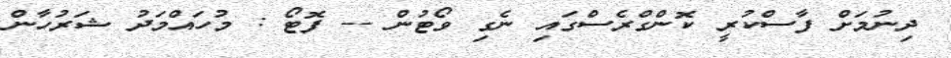
ދިނުމަށް ފާސްކުރީ ކޮންގްރެސްގައި ނެގި ވޯޓުން -- ފޮޓޯ : މުހައްމަދު ޝަރުހާން